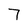
Character: 7